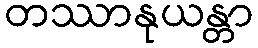
တဿာနုယန္တာ